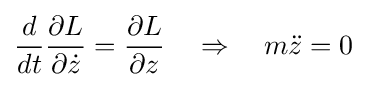
{\frac {d}{dt}}{\frac {\partial L}{\partial {\dot {z}}}}={\frac {\partial L}{\partial z}}\quad \Rightarrow \quad m{\ddot {z}}=0